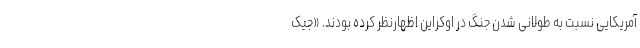
آمریکایی نسبت به طولانی شدن جنگ در اوکراین اظهارنظر کرده بودند. «جیک